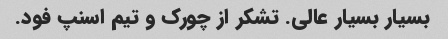
بسیار بسیار عالی. تشکر از چورک و تیم اسنپ فود.